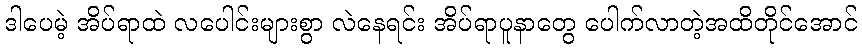
ဒါပေမဲ့ အိပ်ရာထဲ လပေါင်းများစွာ လဲနေရင်း အိပ်ရာပူနာတွေ ပေါက်လာတဲ့အထိတိုင်အောင်